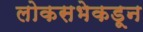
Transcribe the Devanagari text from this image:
लोकसभेकडून